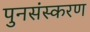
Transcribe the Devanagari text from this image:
पुनसंस्करण